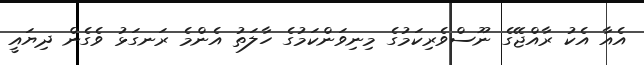
އެއާ އެކު ރާއްޖޭގެ ނޫސްވެރިކަމުގެ މިނިވަންކަމުގެ ހާލަތު އެންމެ ރަނގަޅު ވެގެން ދިޔައީ